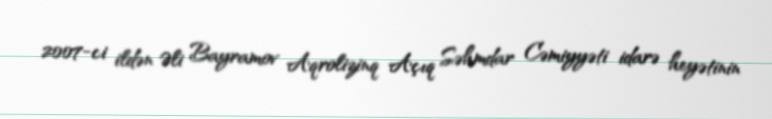
2007-ci ildən Əli Bayramov Aqrolizinq Açıq Səhmdar Cəmiyyəti idarə heyətinin